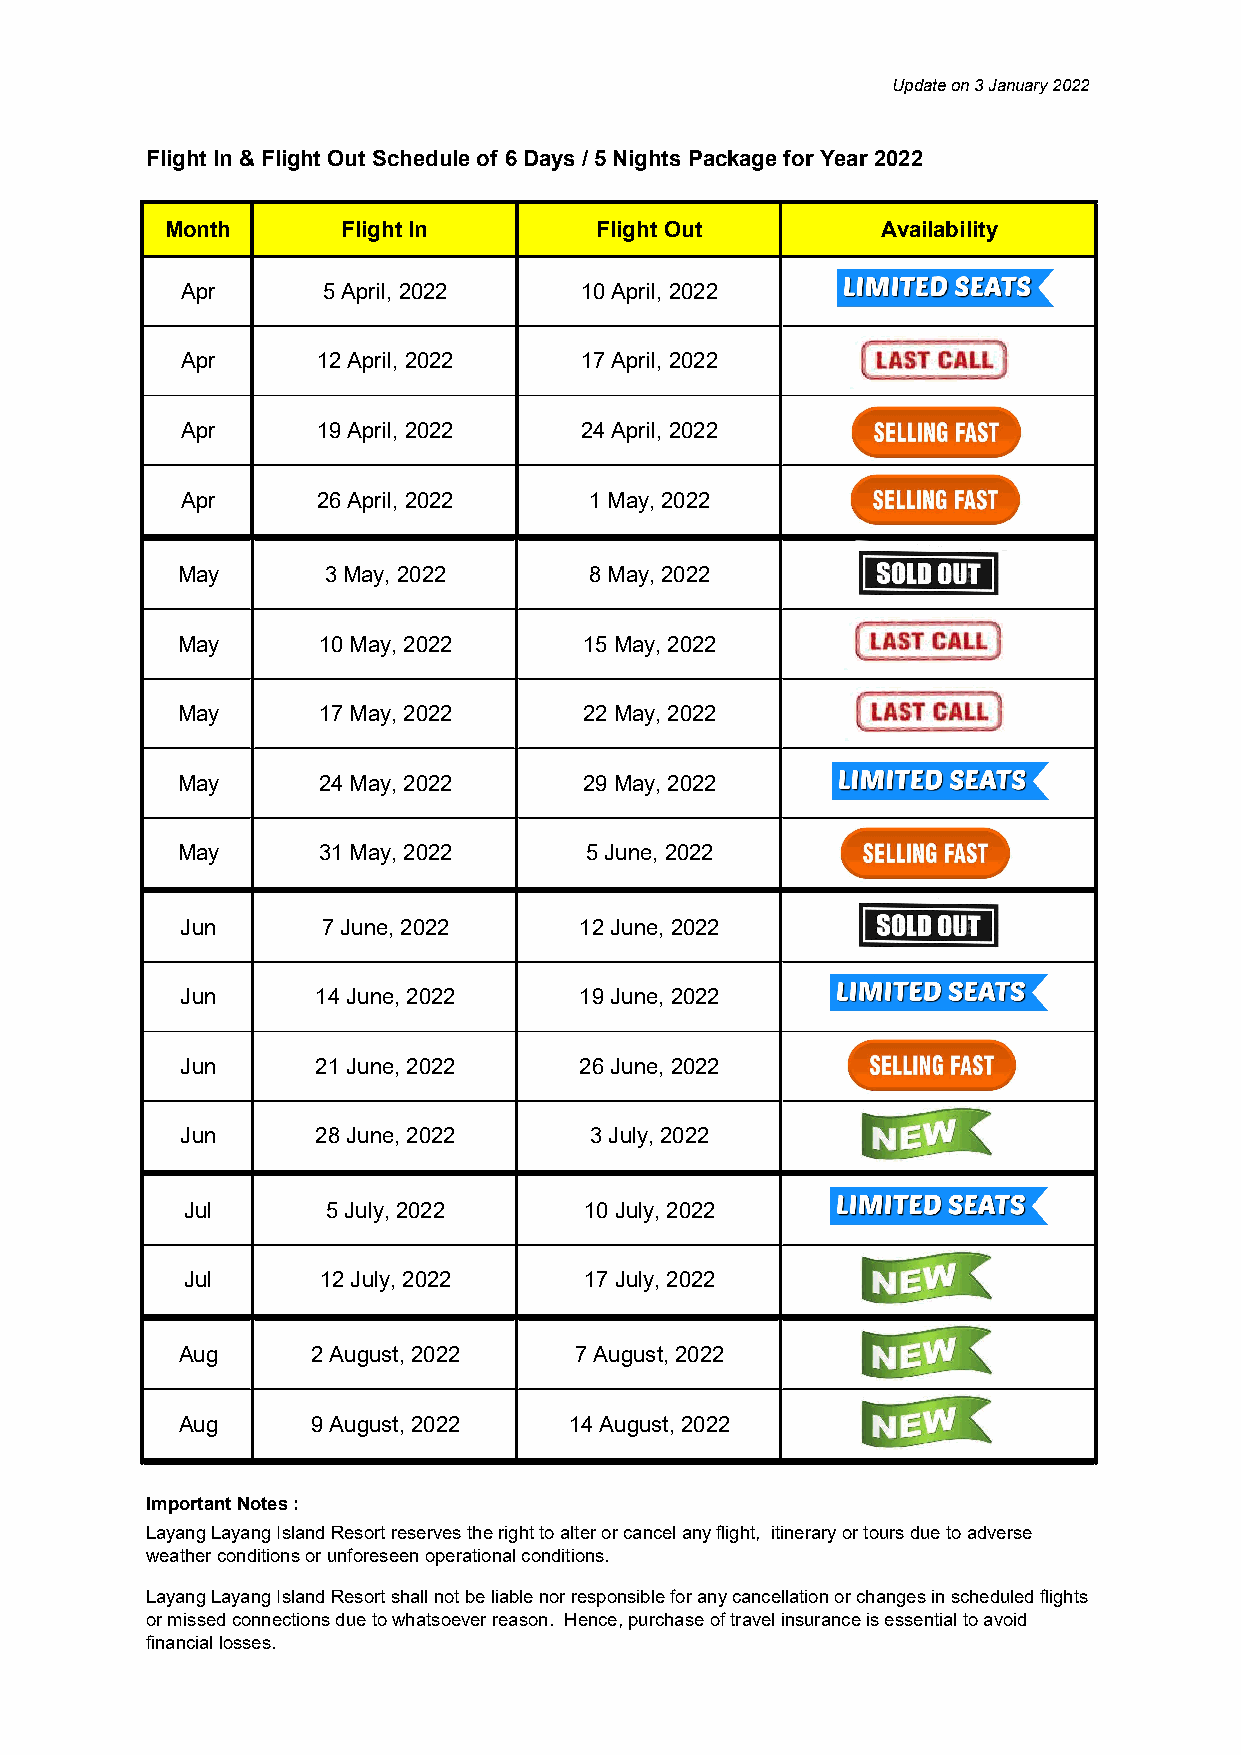
Update on 3 January 2022
 Flight In & Flight Out Schedule of 6 Days / 5 Nights Package for Year 2022
 Month       Flight In        Flight Out        Availability
 Apr      5 April, 2022    10 April, 2022
 Apr      12 April, 2022   17 April, 2022
 Apr      19 April, 2022   24 April, 2022
 Apr      26 April, 2022    1 May, 2022
 May      3 May, 2022       8 May, 2022
 May      10 May, 2022      15 May, 2022
 May      17 May, 2022      22 May, 2022
 May      24 May, 2022      29 May, 2022
 May      31 May, 2022      5 June, 2022
 Jun      7 June, 2022     12 June, 2022
 Jun      14 June, 2022    19 June, 2022
 Jun      21 June, 2022    26 June, 2022
 Jun      28 June, 2022     3 July, 2022
 Jul       5 July, 2022     10 July, 2022
 Jul      12 July, 2022     17 July, 2022
 Aug      2 August, 2022   7 August, 2022
 Aug      9 August, 2022   14 August, 2022
 Important Notes :
 Layang Layang Island Resort reserves the right to alter or cancel any flight, itinerary or tours due to adverse
 weather conditions or unforeseen operational conditions.
 Layang Layang Island Resort shall not be liable nor responsible for any cancellation or changes in scheduled flights
 or missed connections due to whatsoever reason. Hence, purchase of travel insurance is essential to avoid
 financial losses.